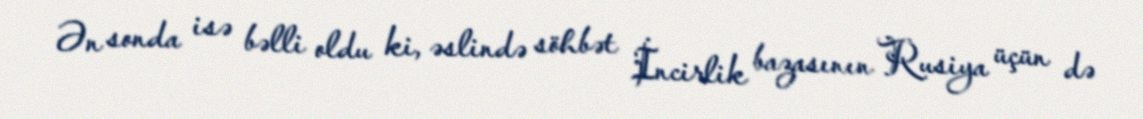
Ən sonda isə bəlli oldu ki, əslində söhbət İncirlik bazasının Rusiya üçün də